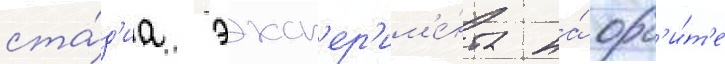
ста́д'иа эксп'ер'им'е́нта на́ орб'и́т'е